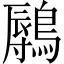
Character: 𬷨